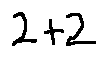
2 + 2